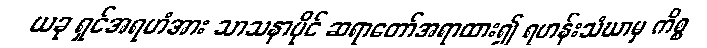
ယခု ရှင်အရဟံအား သာသနာပိုင် ဆရာတော်အရာထား၍ ရဟန်းသံဃာမှ ကိစ္စ